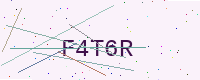
Text: F4T6R